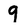
Character: 9